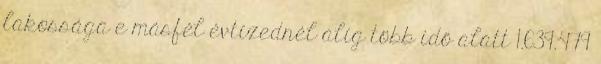
lakossága e másfél évtizednél alig több idő alatt 1.639.479